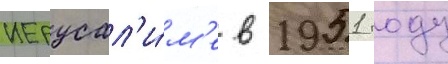
иерусал'и́м'е в 1951 году